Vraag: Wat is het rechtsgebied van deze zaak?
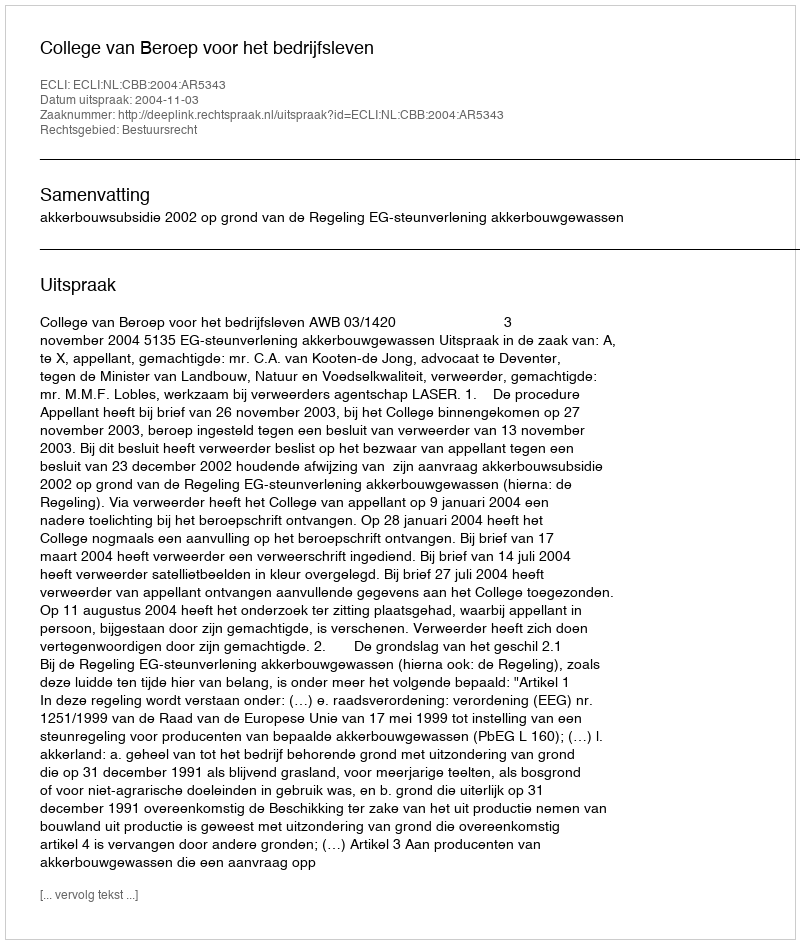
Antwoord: Bestuursrecht